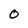
Character: 0